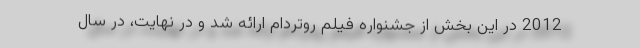
2012 در این بخش از جشنواره فیلم روتردام ارائه شد و در نهایت، در سال